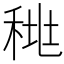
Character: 𰨪